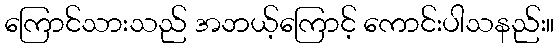
ကြောင်သားသည် အဘယ့်ကြောင့် ကောင်းပါသနည်း။